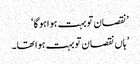
’نقصان تو بہت ہوا ہو گا‘
’ ہاں نقصان تو بہت ہوا تھا۔